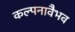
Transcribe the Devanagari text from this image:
कल्पनावैभव